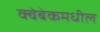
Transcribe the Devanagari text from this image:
क्वेबेकमधील